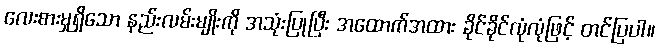
လေးစားမှုရှိသော နည်းလမ်းမျိုးကို အသုံးပြုပြီး အထောက်အထား ခိုင်ခိုင်လုံလုံဖြင့် တင်ပြပါ။